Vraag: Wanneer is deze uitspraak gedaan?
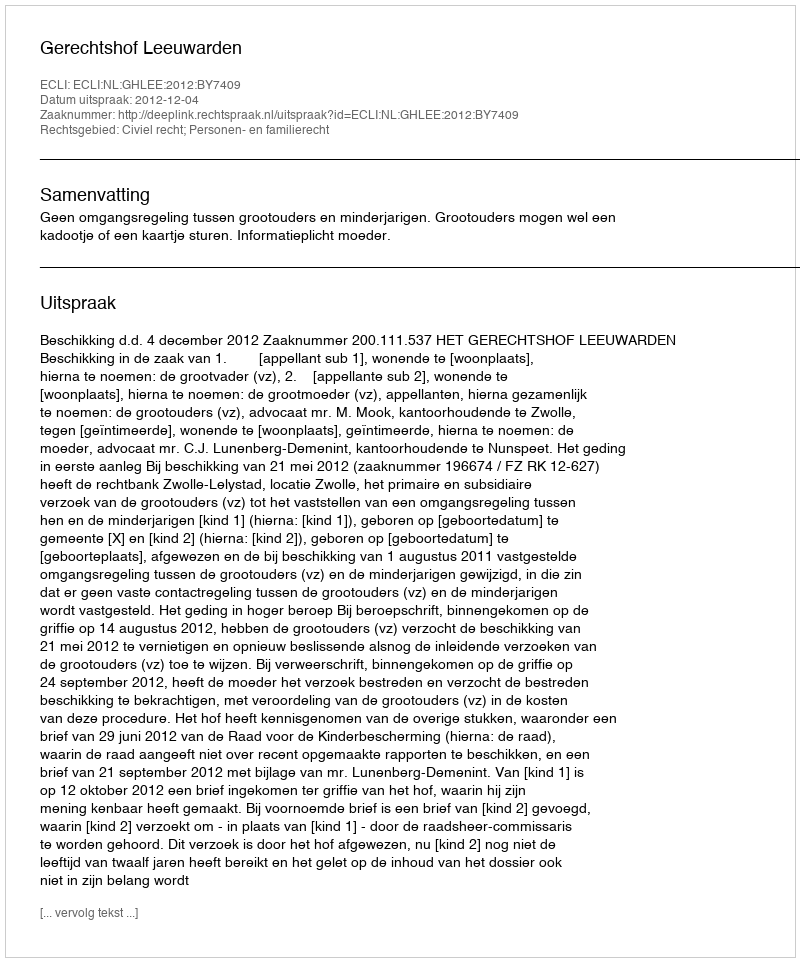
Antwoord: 2012-12-04